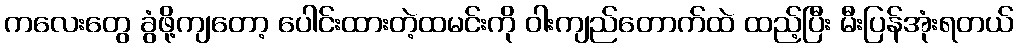
ကလေးတွေ ခွံဖို့ကျတော့ ပေါင်းထားတဲ့ထမင်းကို ဝါးကျည်တောက်ထဲ ထည့်ပြီး မီးပြန်အုံးရတယ်